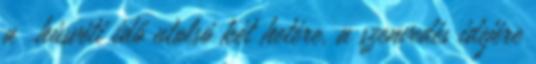
a →húsvéti idő utolsó két hetére, a szenvedés idejére